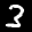
Label: 3